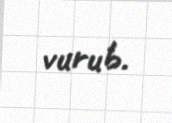
vurub.